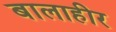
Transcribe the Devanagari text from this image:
बालाहीर